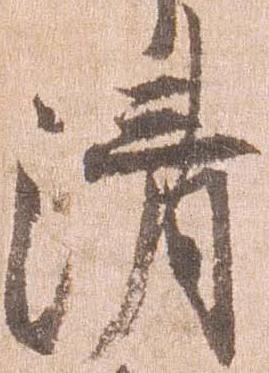
清